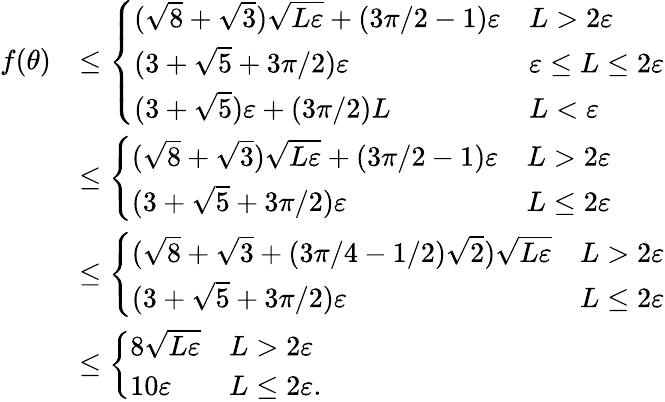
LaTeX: \begin{array}{rl}{f(\theta)}&{\leq\left\{ \begin{array}{ll}{(\sqrt{8}+\sqrt{3})\sqrt{L\varepsilon}+(3\pi/2-1)\varepsilon}&{L>2\varepsilon}\\ {(3+\sqrt{5}+3\pi/2)\varepsilon}&{\varepsilon\leq L\leq 2\varepsilon}\\ {(3+\sqrt{5})\varepsilon+(3\pi/2)L}&{L<\varepsilon}\end{array}\right.}\\ &{\leq\left\{ \begin{array}{ll}{(\sqrt{8}+\sqrt{3})\sqrt{L\varepsilon}+(3\pi/2-1)\varepsilon}&{L>2\varepsilon}\\ {(3+\sqrt{5}+3\pi/2)\varepsilon}&{L\leq 2\varepsilon}\end{array}\right.}\\ &{\leq\left\{ \begin{array}{ll}{(\sqrt{8}+\sqrt{3}+(3\pi/4-1/2)\sqrt{2})\sqrt{L\varepsilon}}&{L>2\varepsilon}\\ {(3+\sqrt{5}+3\pi/2)\varepsilon}&{L\leq 2\varepsilon}\end{array}\right.}\\ &{\leq\left\{ \begin{array}{ll}{8\sqrt{L\varepsilon}}&{L>2\varepsilon}\\ {10\varepsilon}&{L\leq 2\varepsilon.}\end{array}\right.}\end{array}